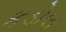
કડોલ